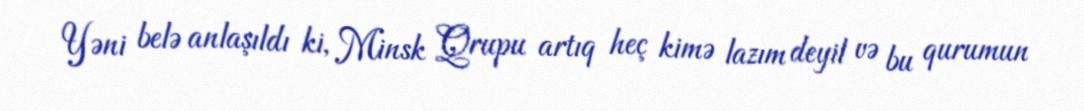
Yəni belə anlaşıldı ki, Minsk Qrupu artıq heç kimə lazım deyil və bu qurumun